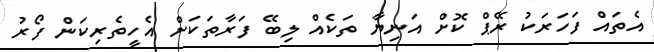
އެތައް ފަހަރަކު ރޭޕް ކޮށް އަނިޔާ ތަކެއް ލިބޭ ފަރާތަކަށް އެހީތެރިކަން ފޯރު